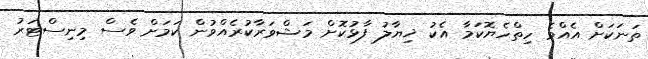
ތަނަކަށް އެއްވެ ހިތްހެޔޮކަމާ އެކު ޚިޔާލު ފާޅުކޮށް މަޝްވަރާކުރެއްވުން ކަމަށް ވެސް މިނިސްޓަރު